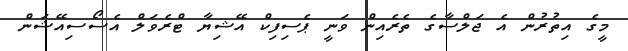
މީގެ އިތުރުން އެ ޖަލްސާގެ ތެރެއިން ވަނީ ޕެސިފިކް އޭޝިޔާ ޓްރެވަލް އެސޯސިއޭޝަން